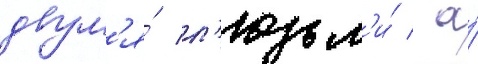
двум'я́ л'юдьм'и́ / а́